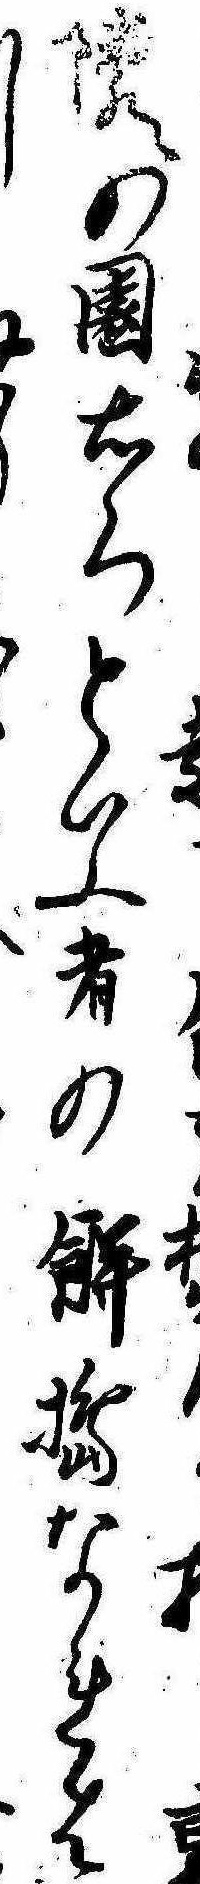
隣の園右門といふ者の餅搗なれは